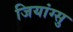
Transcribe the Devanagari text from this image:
जियांग्सु